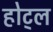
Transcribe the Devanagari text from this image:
होट्ल